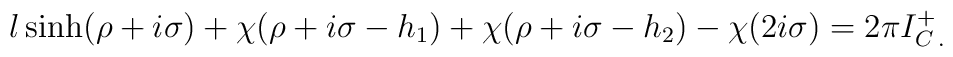
l\sinh (\rho +i\sigma )+\chi (\rho +i\sigma -h_{1})+\chi (\rho +i\sigma -h_{2})-\chi (2i\sigma )=2\pi I^{+}_{C\: .}